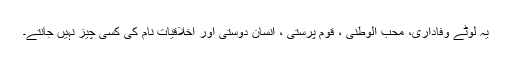
یہ لوٹے وفاداری، محب الوطنی ، قوم پرستی ، انسان دوستی اور اخلاقیات نام کی کِسی چیز نہیں جانتے۔